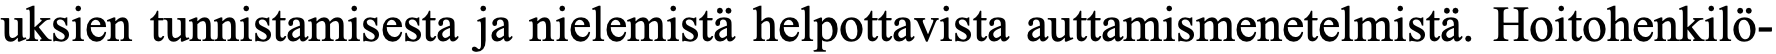
uksien tunnistamisesta ja nielemistä helpottavista auttamismenetelmistä. Hoitohenkilö-